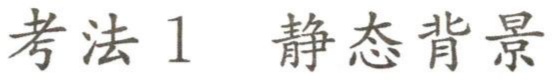
考法1 静态背景